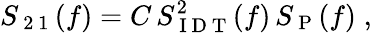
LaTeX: S_{\mathrm{~2~1~}}(f)=C\, S_{\mathrm{~I~D~T~}}^{2}(f)\, S_{\mathrm{~P~}}(f)\; ,